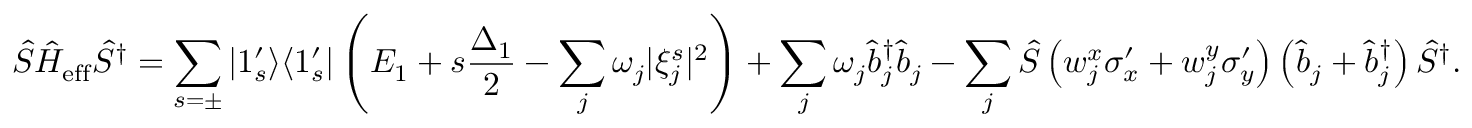
\hat { S } \hat { H } _ { \mathrm { e f f } } \hat { S } ^ { \dagger } = \sum _ { s = \pm } | 1 _ { s } ^ { \prime } \rangle \langle 1 _ { s } ^ { \prime } | \left( E _ { 1 } + s \frac { \Delta _ { 1 } } { 2 } - \sum _ { j } \omega _ { j } | \xi _ { j } ^ { s } | ^ { 2 } \right) + \sum _ { j } \omega _ { j } \hat { b } _ { j } ^ { \dagger } \hat { b } _ { j } - \sum _ { j } \hat { S } \left( w _ { j } ^ { x } \sigma _ { x } ^ { \prime } + w _ { j } ^ { y } \sigma _ { y } ^ { \prime } \right) \left( \hat { b } _ { j } + \hat { b } _ { j } ^ { \dagger } \right) \hat { S } ^ { \dagger } .